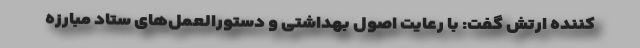
‌کننده ارتش گفت: با رعایت اصول بهداشتی و دستورالعمل‌های ستاد مبارزه